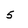
Character: 5